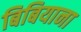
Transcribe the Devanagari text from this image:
बिबियाना